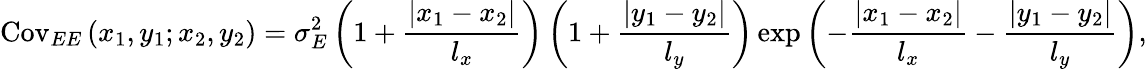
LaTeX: \mathrm{Cov}_{EE}\left(x_{1},y_{1};x_{2},y_{2}\right)=\sigma_{E}^{2}\left({1+\frac{{\left|x_{1}-x_{2}\right|}}{l_{x}}}\right)\left({1+\frac{{\left|y_{1}-y_{2}\right|}}{l_{y}}}\right)\exp\left({-\frac{{\left|x_{1}-x_{2}\right|}}{l_{x}}-\frac{{\left|y_{1}-y_{2}\right|}}{l_{y}}}\right),